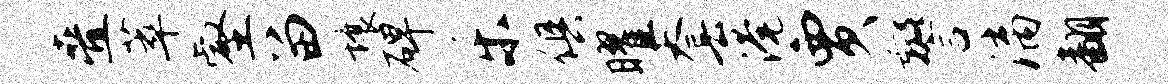
叠萃壑留壤碑乐俱曜套淹贾警漓翻